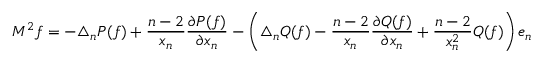
M ^ { 2 } f = - \triangle _ { n } P ( f ) + { \frac { n - 2 } { x _ { n } } } { \frac { \partial P ( f ) } { \partial x _ { n } } } - \left( \triangle _ { n } Q ( f ) - { \frac { n - 2 } { x _ { n } } } { \frac { \partial Q ( f ) } { \partial x _ { n } } } + { \frac { n - 2 } { x _ { n } ^ { 2 } } } Q ( f ) \right) e _ { n }